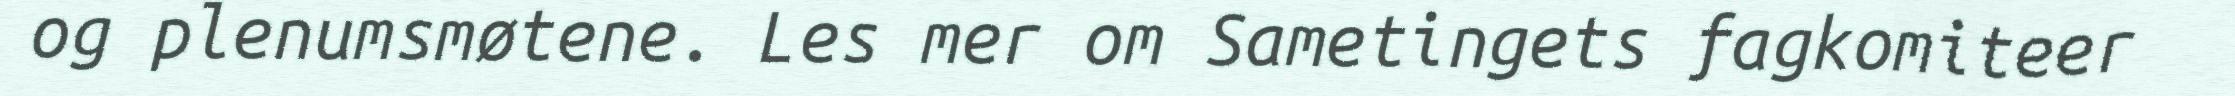
og plenumsmøtene. Les mer om Sametingets fagkomiteer